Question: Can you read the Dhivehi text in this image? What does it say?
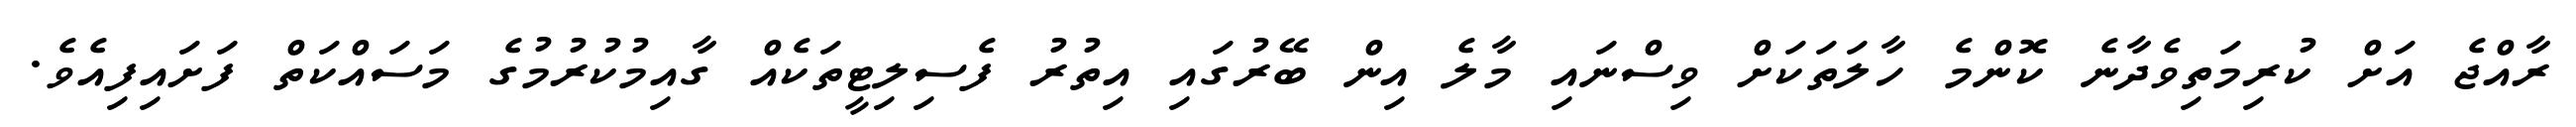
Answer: ރާއްޖެ އަށް ކުރިމަތިވެދާނެ ކޮންމެ ހާލަތަކަށް ވިސްނައި މާލެ އިން ބޭރުގައި އިތުރު ފެސިލިޓީތަކެއް ގާއިމުކުރުމުގެ މަސައްކަތް ފަށައިފިއެވެ.